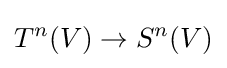
T^{n}(V)\to S^{n}(V)